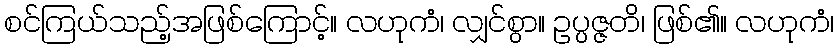
စင်ကြယ်သည့်အဖြစ်ကြောင့်။ လဟုကံ၊ လျှင်စွာ။ ဥပ္ပဇ္ဇတိ၊ ဖြစ်၏။ လဟုကံ၊